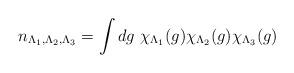
LaTeX: \begin{align*}n_{\Lambda_1, \Lambda_2, \Lambda_3} =\int dg\ \chi_{\Lambda_1}(g) \chi_{\Lambda_2}(g)\chi_{\Lambda_3}(g)\end{align*}